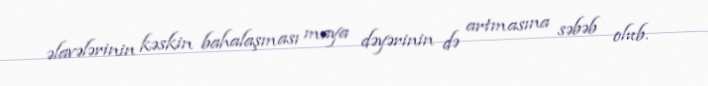
əlavələrinin kəskin bahalaşması maya dəyərinin də artmasına səbəb olub.